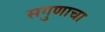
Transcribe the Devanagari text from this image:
सगुणाचा